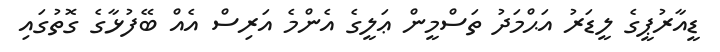
ޑީއާރުޕީގެ ލީޑަރު އަޙްމަދު ތަސްމީން ޢަލީގެ އެންމެ އަރިސް އެއް ބޭފުޅާގެ ގޮތުގައި